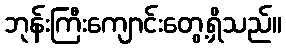
ဘုန်းကြီးကျောင်းတွေ့ရှိသည်။